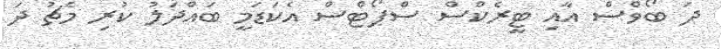
ދަ ބޯވްސް އާއި ޓީރެކްސް ސްޕޯޓްސް އެކަޑަމީ ބައްދަލު ކުރި މެޗު ދަ